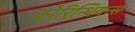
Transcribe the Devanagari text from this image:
कोरिन्थियन्स